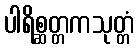
ပါရိစ္ဆတ္တကသုတ္တံ